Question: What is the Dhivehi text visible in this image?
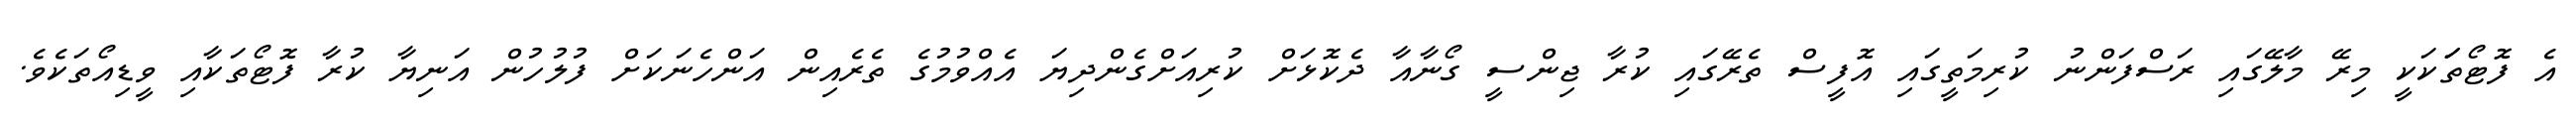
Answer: އެ ފޮޓޯތަަކަކީ މިރޭ މާލޭގައި ރަސްފަންނު ކުރިމަތީގައި އޮފީސް ތެރޭގައި ކުރާ ޖިންސީ ގޯނާއާ ދެކޮޅަށް ކުރިއަށްގެންދިޔަ އެއްވުމުގެ ތެރެއިން އަންހެނަކަށް ފުލުހުން އަނިޔާ ކުރާ ފޮޓޯތަކާއި ވީޑިއޯތަކެވެ.